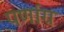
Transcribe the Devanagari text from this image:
पर्णाग्र